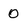
Character: 0